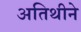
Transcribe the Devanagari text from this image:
अतिथीने